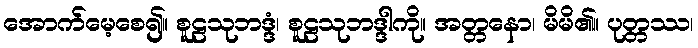
အောက်မေ့စေ၍။ စူဠသုဘဒ္ဒံ၊ စူဠသုဘဒ္ဒါကို။ အတ္တနော၊ မိမိ၏။ ပုတ္တဿ၊